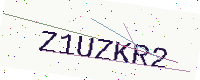
Text: Z1UZKR2